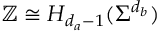
\mathbb { Z } \cong H _ { d _ { a } - 1 } ( \Sigma ^ { d _ { b } } )